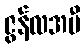
ဇွန်လအမီ